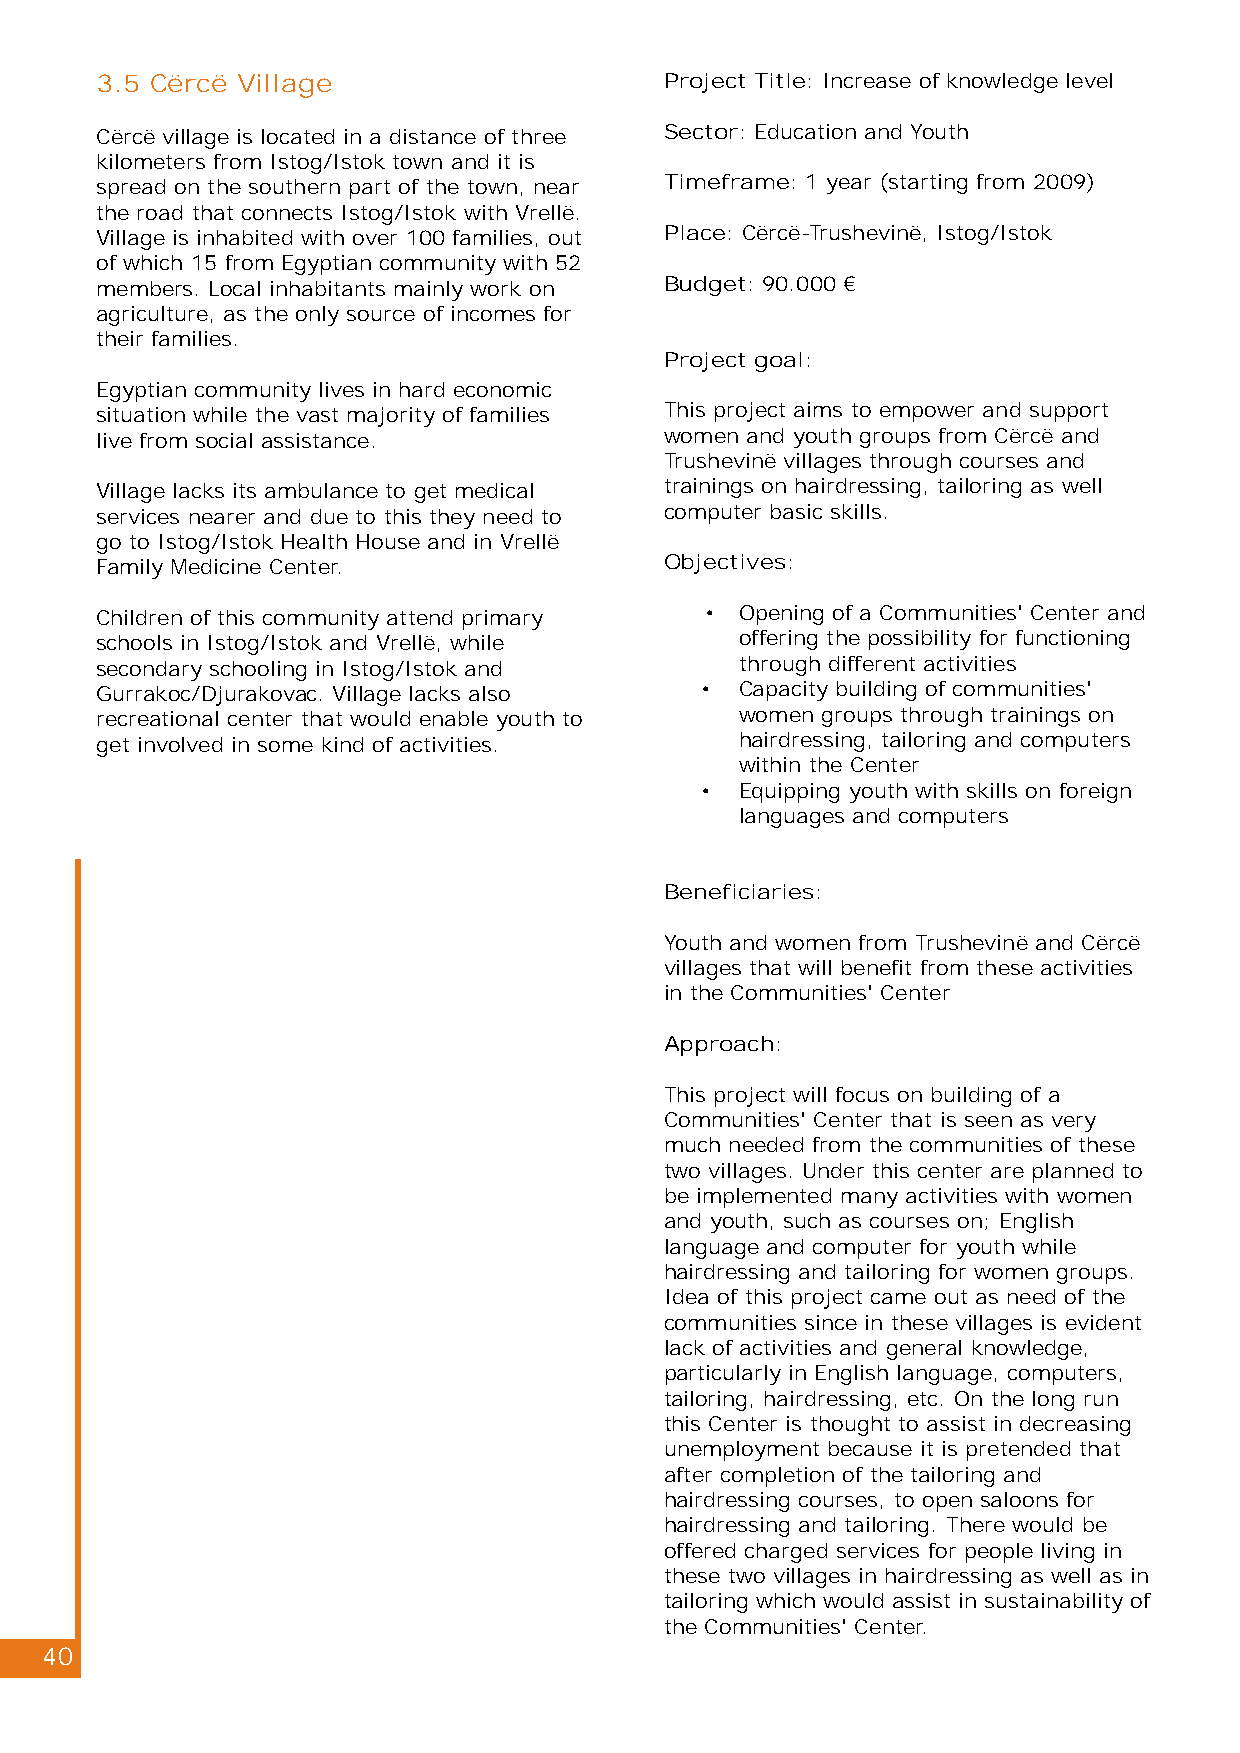
3.5 Cërcë Village                     Project Title: Increase of knowledge level
 Cërcë village is located in a distance of three Sector: Education and Youth
 kilometers from Istog/Istok town and it is
 spread on the southern part of the town, near Timeframe: 1 year (starting from 2009)
 the road that connects Istog/Istok with Vrellë.
 Village is inhabited with over 100 families, out Place: Cërcë-Trushevinë, Istog/Istok
 of which 15 from Egyptian community with 52
 members. Local inhabitants mainly work on Budget: 90.000 €
 agriculture, as the only source of incomes for
 their families.
 Project goal:
 Egyptian community lives in hard economic
 situation while the vast majority of families This project aims to empower and support
 live from social assistance.          women and youth groups from Cërcë and
 Trushevinë villages through courses and
 Village lacks its ambulance to get medical trainings on hairdressing, tailoring as well
 services nearer and due to this they need to computer basic skills.
 go to Istog/Istok Health House and in Vrellë
 Family Medicine Center.               Objectives:
 Children of this community attend primary • Opening of a Communities' Center and
 schools in Istog/Istok and Vrellë, while   offering the possibility for functioning
 secondary schooling in Istog/Istok and     through different activities
 Gurrakoc/Djurakovac. Village lacks also •  Capacity building of communities'
 recreational center that would enable youth to women groups through trainings on
 get involved in some kind of activities.   hairdressing, tailoring and computers
 within the Center
 •  Equipping youth with skills on foreign
 languages and computers
 Beneficiaries:
 Youth and women from Trushevinë and Cërcë
 villages that will benefit from these activities
 in the Communities' Center
 Approach:
 This project will focus on building of a
 Communities' Center that is seen as very
 much needed from the communities of these
 two villages. Under this center are planned to
 be implemented many activities with women
 and youth, such as courses on; English
 language and computer for youth while
 hairdressing and tailoring for women groups.
 Idea of this project came out as need of the
 communities since in these villages is evident
 lack of activities and general knowledge,
 particularly in English language, computers,
 tailoring, hairdressing, etc. On the long run
 this Center is thought to assist in decreasing
 unemployment because it is pretended that
 after completion of the tailoring and
 hairdressing courses, to open saloons for
 hairdressing and tailoring. There would be
 offered charged services for people living in
 these two villages in hairdressing as well as in
 tailoring which would assist in sustainability of
 the Communities' Center.
 40